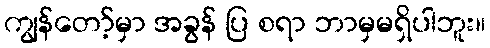
ကျွန်တော့်မှာ အခွန် ပြ စရာ ဘာမှမရှိပါဘူး။